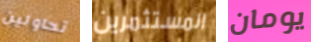
تحاولين المستثمرين يومان